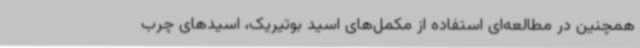
همچنین در مطالعه‌ای استفاده از مکمل‌های اسید بوتیریک، اسیدهای چرب